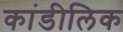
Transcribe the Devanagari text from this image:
कांडीलिक